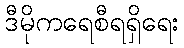
ဒီမိုကရေစီရရှိရေး